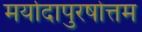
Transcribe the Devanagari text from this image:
मर्यादापुरषोत्तम